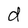
Character: d